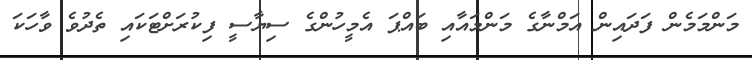
މަންމަމެން ފަދައިން އަމްނާގެ މަންމައާއި ބައްޕަ އެމީހުންގެ ސިޔާސީ ފިކުރަށްޓަކައި ތެދުވެ ވާހަކަ